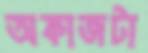
অকাজটা